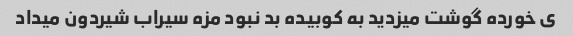
ی خورده گوشت میزدید به کوبیده بد نبود مزه سیراب شیردون میداد